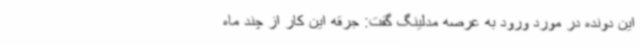
این دونده در مورد ورود به عرصه مدلینگ گفت: جرقه این کار از چند ماه